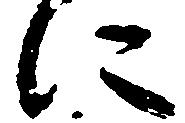
に